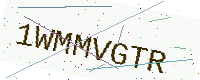
Text: 1WMMVGTR